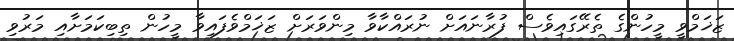
ޒަޚަމްވީ މީހުންގެ ތެރޭގައިވެސް ފުރާނައަށް ނުރައްކާވާ މިންވަރަށް ޒަޚަމްވެފައިވާ މީހުން ތިބިކަމަށާއި މަރުވި